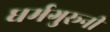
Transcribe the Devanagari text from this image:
धर्मगुरूनी